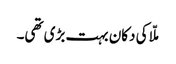
ملّا کی دکان بہت بڑی تھی۔